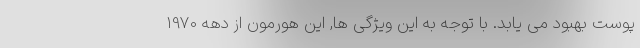
پوست بهبود می یابد. با توجه به این ویژگی ها, این هورمون از دهه 1970